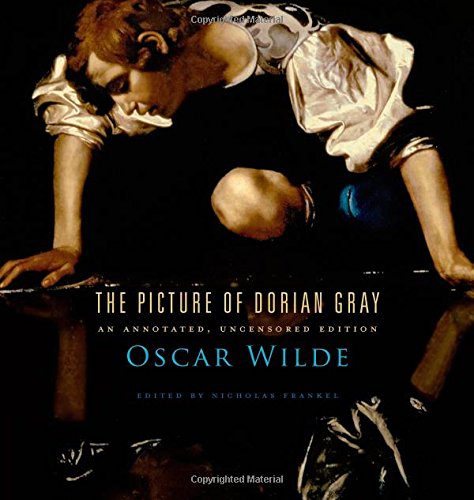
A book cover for The Picture of Dorian Gray: An Annotated, Uncensored Edition; Oscar Wilde; Gay & Lesbian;